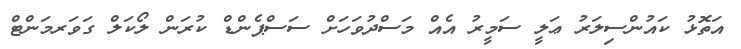
އަތޮޅު ކައުންސިލަރު ޢަލީ ސަމީރު އެއް މަސްދުވަހަށް ސަސްޕެންޑް ކުރަން ލޯކަލް ގަވަރމަންޓް